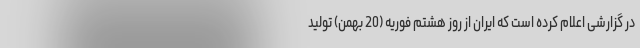
در گزارشی اعلام کرده است که ایران از روز هشتم فوریه (20 بهمن) تولید